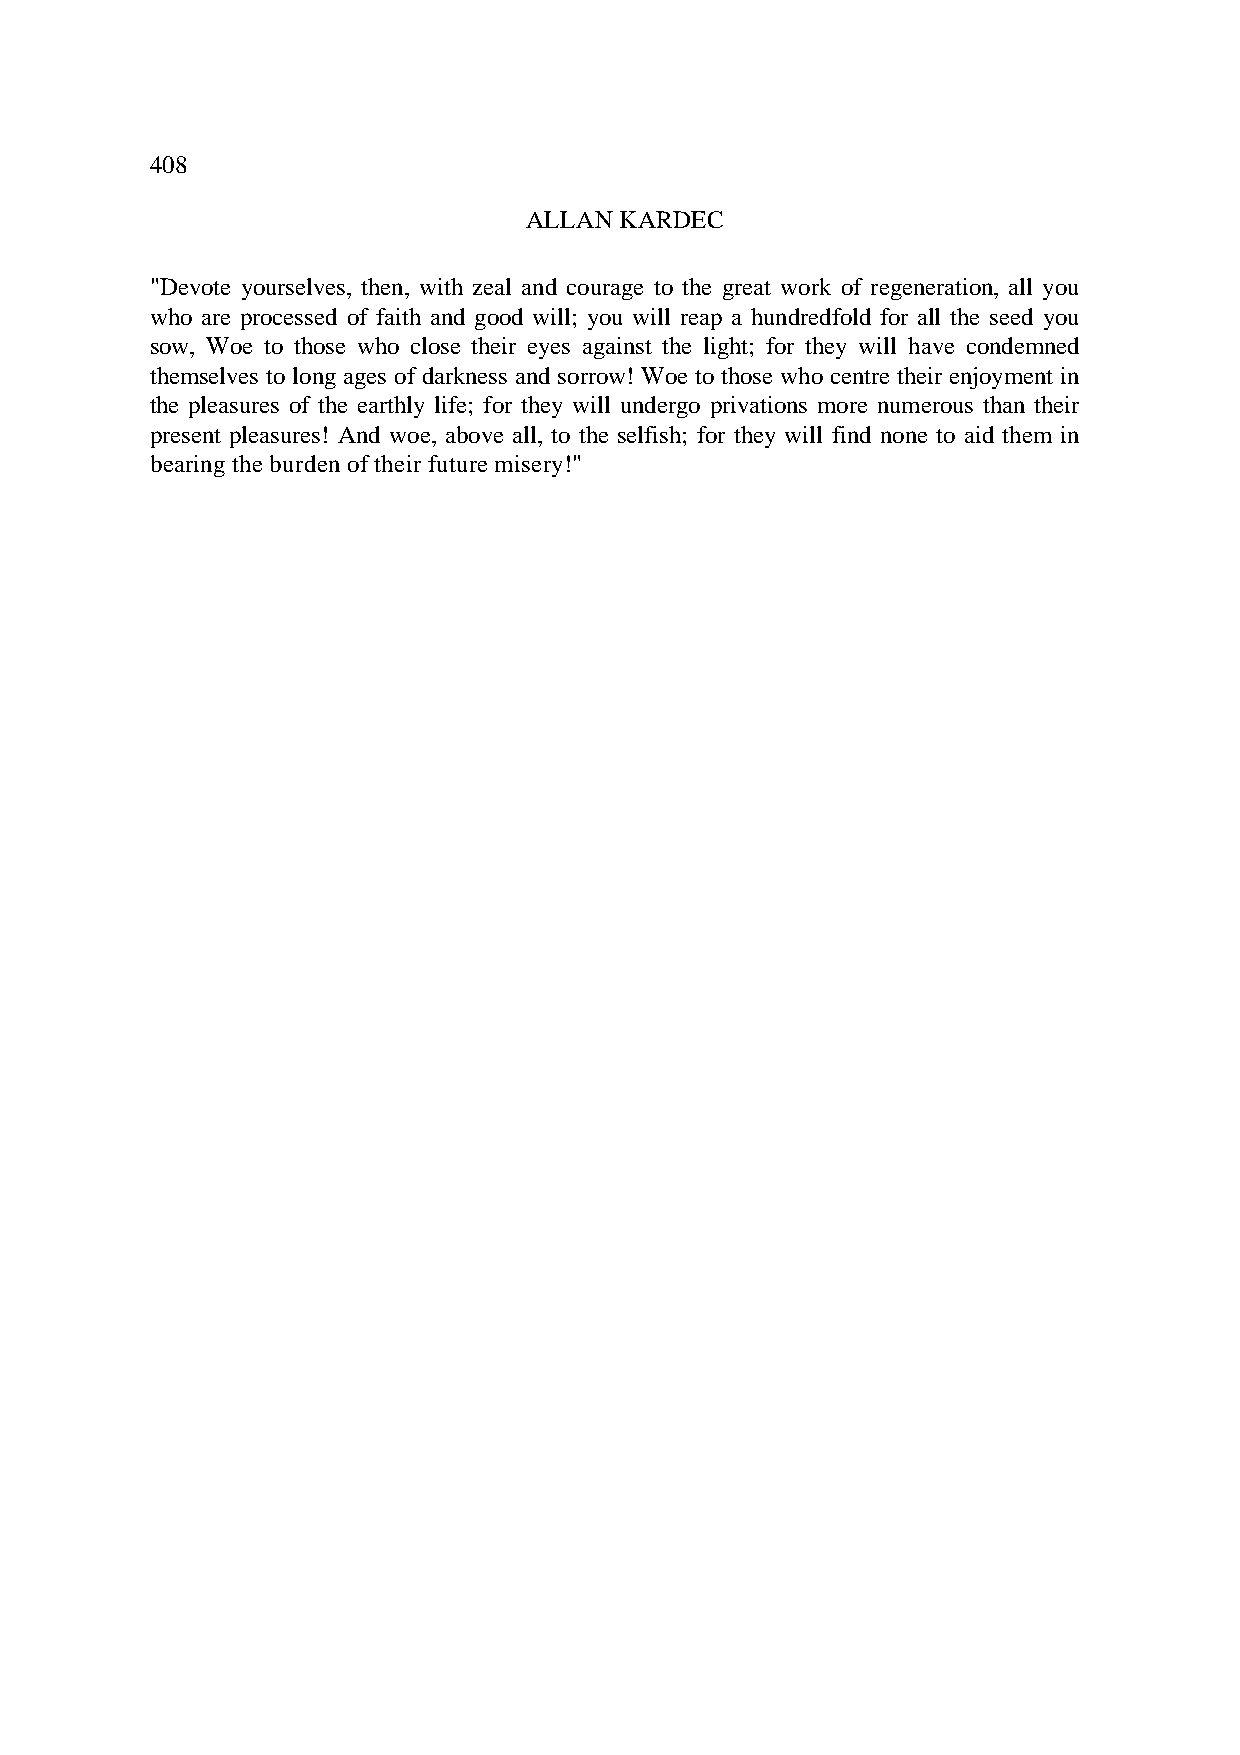
408
 ALLAN KARDEC
 "Devote yourselves, then, with zeal and courage to the great work of regeneration, all you
 who are processed of faith and good will; you will reap a hundredfold for all the seed you
 sow, Woe to those who close their eyes against the light; for they will have condemned
 themselves to long ages of darkness and sorrow! Woe to those who centre their enjoyment in
 the pleasures of the earthly life; for they will undergo privations more numerous than their
 present pleasures! And woe, above all, to the selfish; for they will find none to aid them in
 bearing the burden of their future misery!"